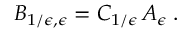
B _ { 1 / \epsilon , \epsilon } = C _ { 1 / \epsilon } \, A _ { \epsilon } \; .